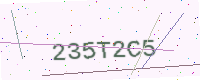
Text: 235T2C5